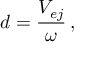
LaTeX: \ d = { \frac { V _ { e j } } { \omega } } \, ,